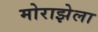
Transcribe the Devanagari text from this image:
मोराझेला